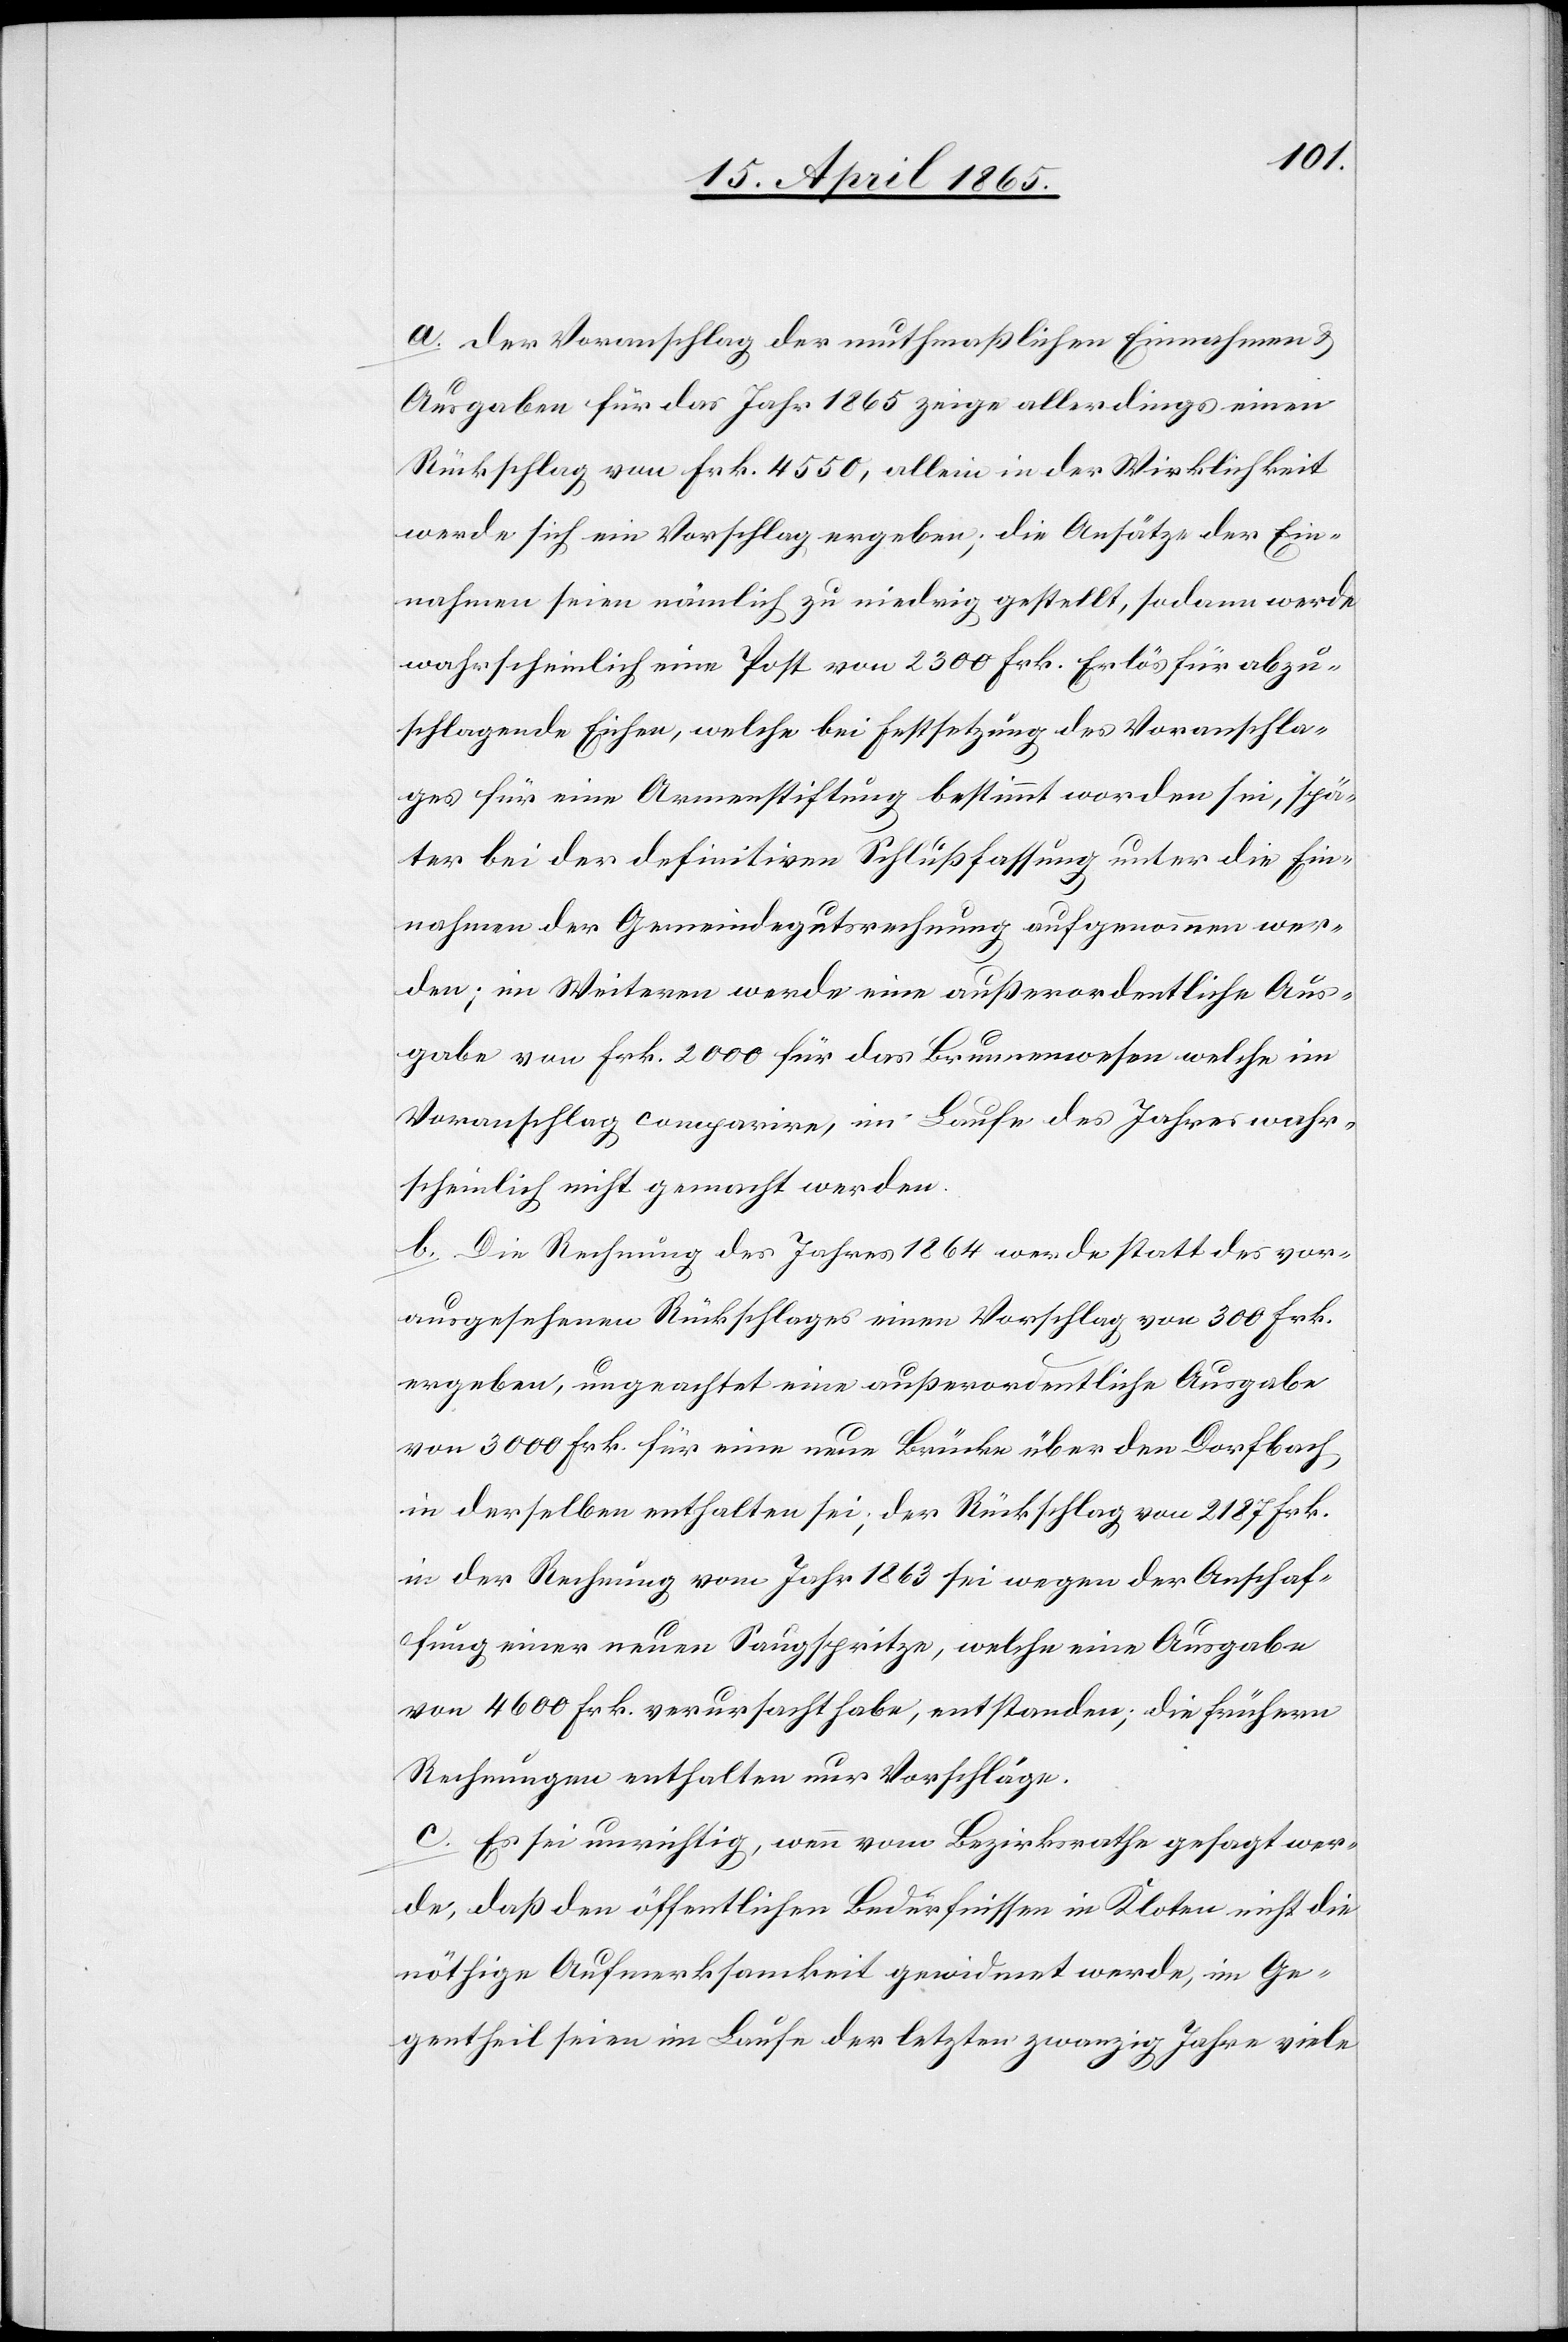
a. Der Voranschlag der muthmaßlichen Einnahmen &
Ausgaben für das Jahr 1865 zeige allerdings einen
Rückschlag von Frk. 4550, allein in der Wirklichkeit
werde sich ein Vorschlag ergeben; die Ansätze der Ein¬
nahmen seien nämlich zu niedrig gestellt, sodann werde
wahrscheinlich eine Post von 2300 Frk. Erlös für abzu¬
schlagende Eichen, welche bei Festsetzung des Voranschla¬
ges für eine Armenstiftung bestimmt worden sei, spä¬
ter bei der definitiven Schlußfassung unter die Ein¬
nahmen der Gemeindegutsrechnung aufgenommen wer¬
den; im Weiteren werde eine außerordentliche Aus¬
gabe von Frk. 2000 für das Brunnenwesen welche im
Voranschlag comparire, im Laufe des Jahres wahr¬
scheinlich nicht gemacht werden.
b. Die Rechnung des Jahres 1864 werde statt des vor¬
ausgesehenen Rückschlages einen Vorschlag von 300 Frk.
ergeben, ungeachtet eine außerordentliche Ausgabe
von 3000 Frk. für eine neue Brücke über den Dorfbach,
in derselben enthalten sei, der Rückschlag von 2187 Frk.
in der Rechnung vom Jahr 1863 sei wegen der Anschaf¬
fung einer neuen Saugspritze, welche eine Ausgabe
von 4600 Frk. verursacht habe, entstanden; die frühern
Rechnungen enthalten nur Vorschläge.
c. Es sei unrichtig, wenn vom Bezirksrathe gesagt wer¬
de, daß den öffentlichen Bedürfnissen in Kloten nicht die
nöthige Aufmerksamkeit gewidmet werde, im Ge¬
gentheil seien im Laufe der letzten zwanzig Jahre viele